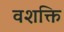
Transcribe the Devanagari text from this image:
वशक्ति